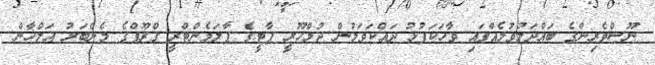
ނޫސްވެރިންގެ ބައްދަލުވުމެއްގައި ވާހަކަފުޅު ދައްކަވަމުން ޖުމްހޫރީ ޕާޓީގެ ޕާލަމެންޓްރީ ގްރޫޕްގެ މެންބަރު އަލްހާން